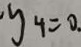
y _ { 4 } = 0 .